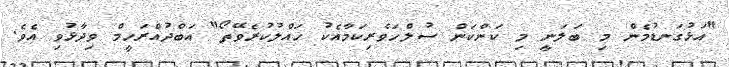
"އަޅުގަނޑުމެން މި ބަލަނީ މި ކަންކަން ސުލްހަވެރިކަމާއެކު ހައްލުކުރެވޭތޯ" އަބްދުއްރަހީމް ވިދާޅުވި އެވެ.